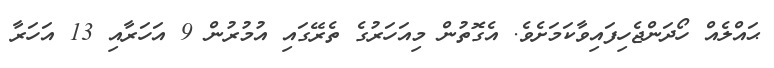
ޙައްލެއް ހޯދަންޖެހިފައިވާކަމަށެވެ. އެގޮތުން މިއަހަރުގެ ތެރޭގައި އުމުރުން 9 އަހަރާއި 13 އަހަރާ